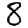
Digit: 8